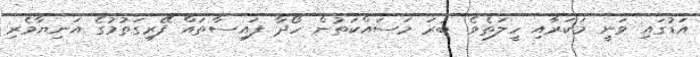
އަޑުގައި ވަނީ މަކަރާއި ހީލަތެވެ. ބުރަ މަސައްކަތުން ހޯދާ ފައިސާތައް ފޭރިގަތުމުގެ އަނިޔާވެރި